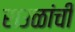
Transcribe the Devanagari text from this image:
राउळांची